Annual report on the Civil Veterinary Department, Burma (including the Insein Veterinary School) - 1923-1931
Year: 1923
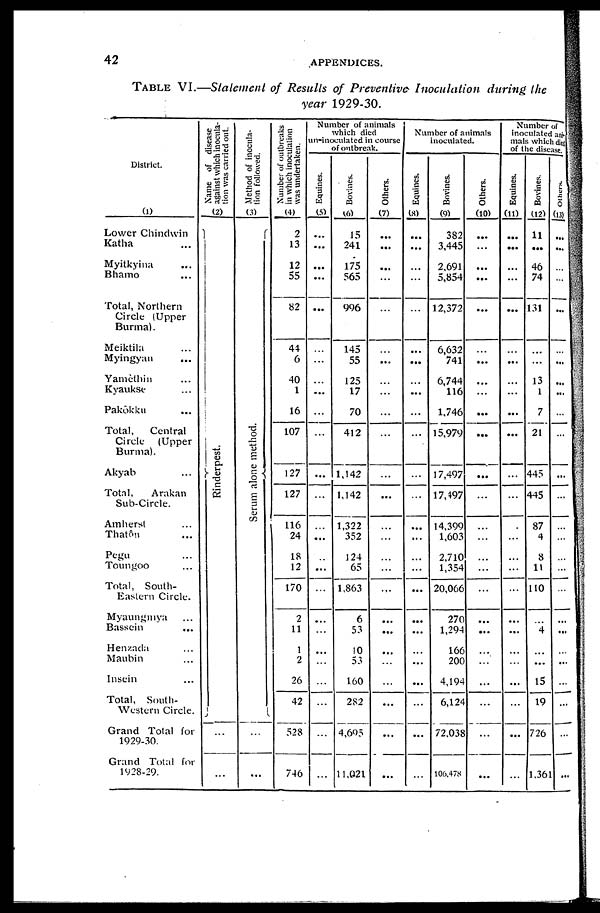
42
APPENDICES.
TABLE VI.—Statement of Results of Preventive Inoculation during the
year 1929-30.
District.
(1)
Lower Chindwin
Katha ...
Myitkyina ...
Bhamo ...
Total, Northern
Circle (Upper
Burma).
Meiktila ...
Myingyan ...
Yamèthin ...
Kyaukse ...
Pakôkku ...
Total,
Central
Circle
(Upper
Burma).
Akyab ...
Total,
Arakan
Sub-Circle.
Amherst ...
Thatôn ...
Pegu ...
Toungoo ...
Total, South-
Eastern Circle.
Myaungmya ...
Bassein
...
Henzada ...
Maubin ...
Insein ...
Total,
South-
western Circle.
Grand Total for
1929-30.
Grand Total for
1928-29.
Name of disease
against which inocula-
tion was carried out.
(2)
Rinderpest.
...
...
Method of inocula-
tion followed.
(3)
Se r
um alone method.
...
...
Number
of outbreaks
in which inoculation
was undertaken.
(4)
2
13
12
55
82
44
6
40
1
16
107
127
127
116
24
18
12
170
2
11
1
2
26
42
528
746
Number of animals
which died
un-inoculated in course
of outbreak.
Equines.
(5)
...
...
...
...
...
...
...
...
...
...
...
...
...
...
...
...
...
...
...
...
...
...
...
...
...
...
Bovines.
(6)
15
241
175
565
996
145
55
125
17
70
412
1,142
1.142
1,322
352
124
65
1,863
6
53
10
53
160
282
4,695
11,021
Others.
(7)
...
...
...
...
...
...
...
...
...
...
...
...
...
...
...
...
...
...
...
...
...
...
...
...
...
...
Number of animals
inoculated.
Equines.
(8)
...
...
...
...
...
...
...
...
...
...
...
...
...
...
...
...
...
...
...
...
...
...
...
...
...
...
Bovines.
(9)
382
3,445
2,691
5,854
12,372
6,632
741
6,744
116
1.746
15,979
17,497
17,497
14.399
1,603
2,710
1,354
20,066
270
1,294
166
200
4.194
6,124
72,038
106,478
Others.
(10)
...
...
...
...
...
...
...
...
...
...
...
...
...
...
...
...
...
...
...
...
...
...
...
...
Number of
inoculated ani-
mals which died
of the disease.
Equines.
(11)
...
...
...
...
...
...
...
...
...
...
...
...
...
...
...
...
...
...
...
...
...
...
...
...
...
...
Bovines.
(12)
11
...
46
74
131
...
13
1
7
21
445
445
87
4
8
11
110
...
4
...
...
15
19
726
1.36
Others.
(13)
...
...
...
...
...
...
...
...
...
...
...
...
...
...
...
...
...
...
...
...
......